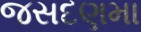
જસદણમા